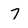
Character: 7